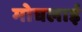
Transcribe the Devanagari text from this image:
मोघलाई